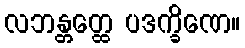
လဘန္တတ္ထေ ပဒက္ခိဏေ။